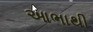
આભાથી